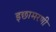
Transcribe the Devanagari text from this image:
इछामरणी